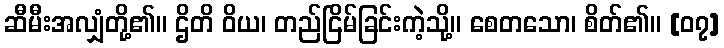
ဆီမီးအလျှံတို့၏။ ဌိတိ ဝိယ၊ တည်ငြိမ်ခြင်းကဲ့သို့။ စေတသော၊ စိတ်၏။ [၀၇]